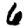
Digit: 6